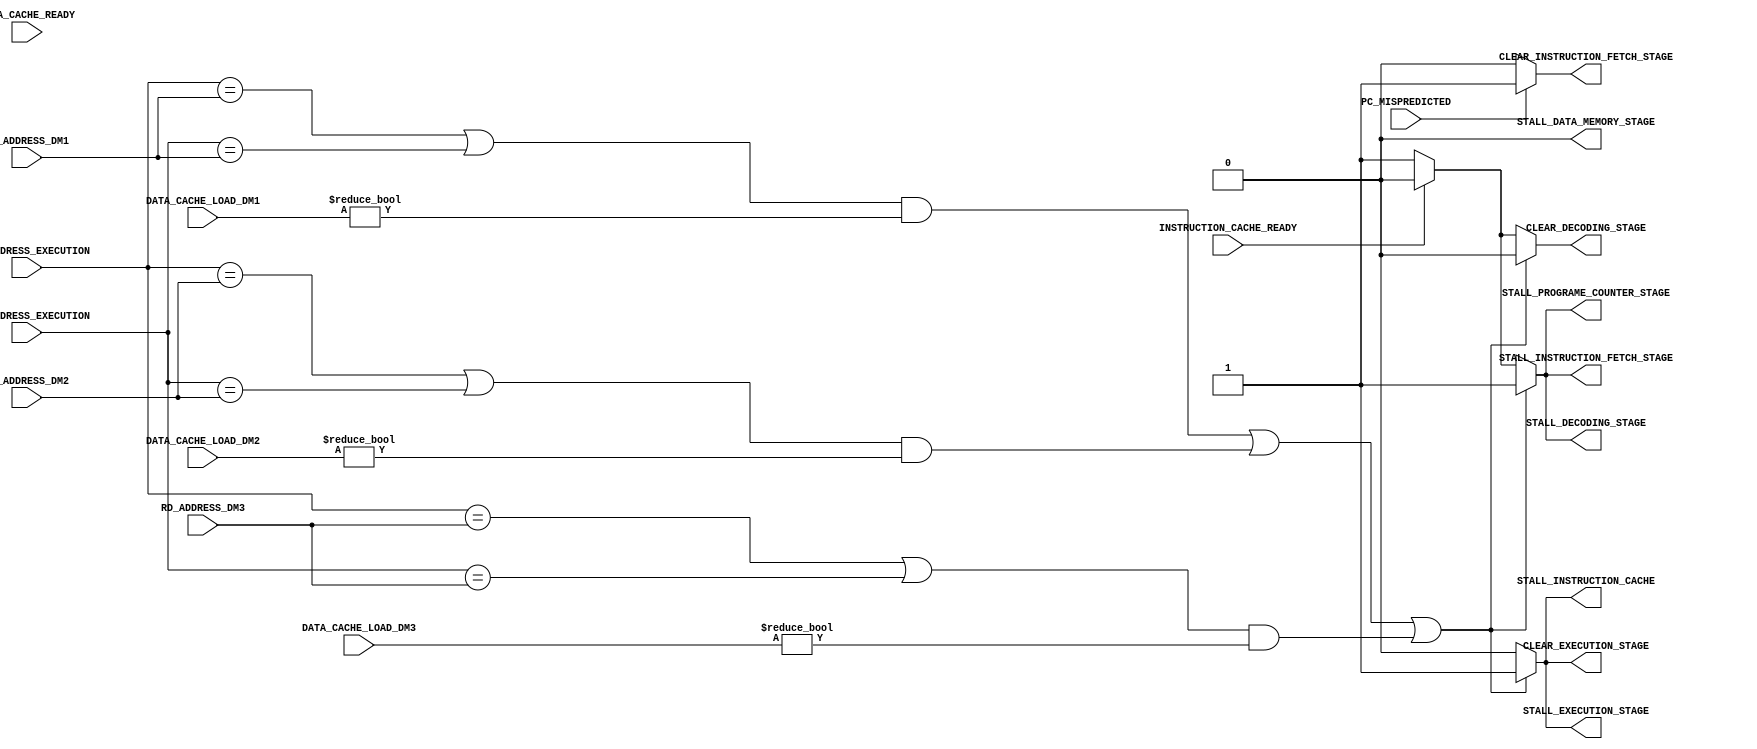
`timescale 1ns / 1ps
//////////////////////////////////////////////////////////////////////////////////
// Company: 
// 
// Design Name: 
// Module Name:     HAZARD_CONTROL_UNIT
// Project Name:    RISC-V
// Target Devices: 
// Tool Versions: 
// Description: 
// 
// Dependencies: 
// 
// Revision:
// Revision 0.01 - File Created
// Additional Comments:
// 
//////////////////////////////////////////////////////////////////////////////////


module HAZARD_CONTROL_UNIT #(
        parameter   REG_ADD_WIDTH           = 5         ,
        parameter   D_CACHE_LW_WIDTH        = 3         ,
        
        parameter   DATA_CACHE_LOAD_NONE    = 3'b000    ,
        
        parameter   HIGH                    = 1'b1      ,
        parameter   LOW                     = 1'b0
    ) (
        input                                   INSTRUCTION_CACHE_READY         ,
        input                                   DATA_CACHE_READY                ,
        input                                   PC_MISPREDICTED                 ,
        input   [REG_ADD_WIDTH -1      : 0]     RS1_ADDRESS_EXECUTION           ,
        input   [REG_ADD_WIDTH -1      : 0]     RS2_ADDRESS_EXECUTION           ,
        input   [D_CACHE_LW_WIDTH - 1  : 0]     DATA_CACHE_LOAD_DM1             ,
        input   [REG_ADD_WIDTH -1      : 0]     RD_ADDRESS_DM1                  ,
        input   [D_CACHE_LW_WIDTH - 1  : 0]     DATA_CACHE_LOAD_DM2             ,
        input   [REG_ADD_WIDTH -1      : 0]     RD_ADDRESS_DM2                  ,
        input   [D_CACHE_LW_WIDTH - 1  : 0]     DATA_CACHE_LOAD_DM3             ,
        input   [REG_ADD_WIDTH -1      : 0]     RD_ADDRESS_DM3                  ,
        output                                  CLEAR_INSTRUCTION_FETCH_STAGE   ,
        output                                  CLEAR_DECODING_STAGE            ,
        output                                  CLEAR_EXECUTION_STAGE           ,
        output                                  STALL_PROGRAME_COUNTER_STAGE    ,
        output                                  STALL_INSTRUCTION_CACHE         ,
        output                                  STALL_INSTRUCTION_FETCH_STAGE   ,
        output                                  STALL_DECODING_STAGE            ,
        output                                  STALL_EXECUTION_STAGE           ,
        output                                  STALL_DATA_MEMORY_STAGE                       
    );
    
    reg             clear_instruction_fetch_stage_reg       ;
    reg             clear_decoding_stage_reg                ;
    reg             clear_execution_stage_reg               ;
    reg             stall_programe_counter_stage_reg        ;
    reg             stall_instruction_cache_reg             ;
    reg             stall_instruction_fetch_stage_reg       ;
    reg             stall_decoding_stage_reg                ;
    reg             stall_execution_stage_reg               ;
    reg             stall_data_memory_stage_reg             ;
    
    initial
    begin
        clear_instruction_fetch_stage_reg   = LOW       ;
        clear_decoding_stage_reg            = LOW       ;
        clear_execution_stage_reg           = LOW       ;
        stall_programe_counter_stage_reg    = LOW       ;
        stall_instruction_cache_reg         = LOW       ;
        stall_instruction_fetch_stage_reg   = LOW       ;
        stall_decoding_stage_reg            = LOW       ;
        stall_execution_stage_reg           = LOW       ;
        stall_data_memory_stage_reg         = LOW       ;
    end
    
    always@(*) 
    begin
        if(PC_MISPREDICTED == HIGH)
        begin
            clear_instruction_fetch_stage_reg   = HIGH      ;
            clear_decoding_stage_reg            = HIGH      ;
        end
        else
        begin
            clear_instruction_fetch_stage_reg   = LOW       ;
            clear_decoding_stage_reg            = LOW       ;
        end
 
        if((((RS1_ADDRESS_EXECUTION == RD_ADDRESS_DM1) | (RS2_ADDRESS_EXECUTION == RD_ADDRESS_DM1))& DATA_CACHE_LOAD_DM1 != DATA_CACHE_LOAD_NONE) | (((RS1_ADDRESS_EXECUTION == RD_ADDRESS_DM2) | (RS2_ADDRESS_EXECUTION == RD_ADDRESS_DM2))& DATA_CACHE_LOAD_DM2 != DATA_CACHE_LOAD_NONE) | (((RS1_ADDRESS_EXECUTION == RD_ADDRESS_DM3) | (RS2_ADDRESS_EXECUTION == RD_ADDRESS_DM3))& DATA_CACHE_LOAD_DM3 != DATA_CACHE_LOAD_NONE)) 
        begin
            clear_decoding_stage_reg            = LOW       ;
            clear_execution_stage_reg           = HIGH      ;
            stall_programe_counter_stage_reg    = HIGH      ;
            stall_instruction_cache_reg         = HIGH      ;
            stall_instruction_fetch_stage_reg   = HIGH      ;
            stall_decoding_stage_reg            = HIGH      ;
            stall_execution_stage_reg           = HIGH      ;
        end
        else if(INSTRUCTION_CACHE_READY == LOW)
        begin
            clear_decoding_stage_reg            = HIGH      ;
            clear_execution_stage_reg           = LOW       ;
            stall_programe_counter_stage_reg    = HIGH      ;
            stall_instruction_cache_reg         = LOW       ;
            stall_instruction_fetch_stage_reg   = HIGH      ;
            stall_decoding_stage_reg            = HIGH      ;
            stall_execution_stage_reg           = LOW       ;
        end
        else
        begin
            clear_decoding_stage_reg            = LOW       ;
            clear_execution_stage_reg           = LOW       ;
            stall_programe_counter_stage_reg    = LOW       ;
            stall_instruction_cache_reg         = LOW       ;
            stall_instruction_fetch_stage_reg   = LOW       ;
            stall_decoding_stage_reg            = LOW       ;
            stall_execution_stage_reg           = LOW       ;
        end
    end
    
    assign CLEAR_INSTRUCTION_FETCH_STAGE    = clear_instruction_fetch_stage_reg     ;
    assign CLEAR_DECODING_STAGE             = clear_decoding_stage_reg              ;
    assign CLEAR_EXECUTION_STAGE            = clear_execution_stage_reg             ;
    assign STALL_PROGRAME_COUNTER_STAGE     = stall_programe_counter_stage_reg      ;
    assign STALL_INSTRUCTION_CACHE          = stall_instruction_cache_reg           ;
    assign STALL_INSTRUCTION_FETCH_STAGE    = stall_instruction_fetch_stage_reg     ;
    assign STALL_DECODING_STAGE             = stall_decoding_stage_reg              ;
    assign STALL_EXECUTION_STAGE            = stall_execution_stage_reg             ;
    assign STALL_DATA_MEMORY_STAGE          = stall_data_memory_stage_reg           ;
    
endmodule